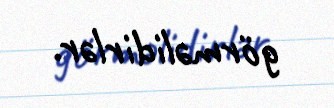
görməlidirlər.